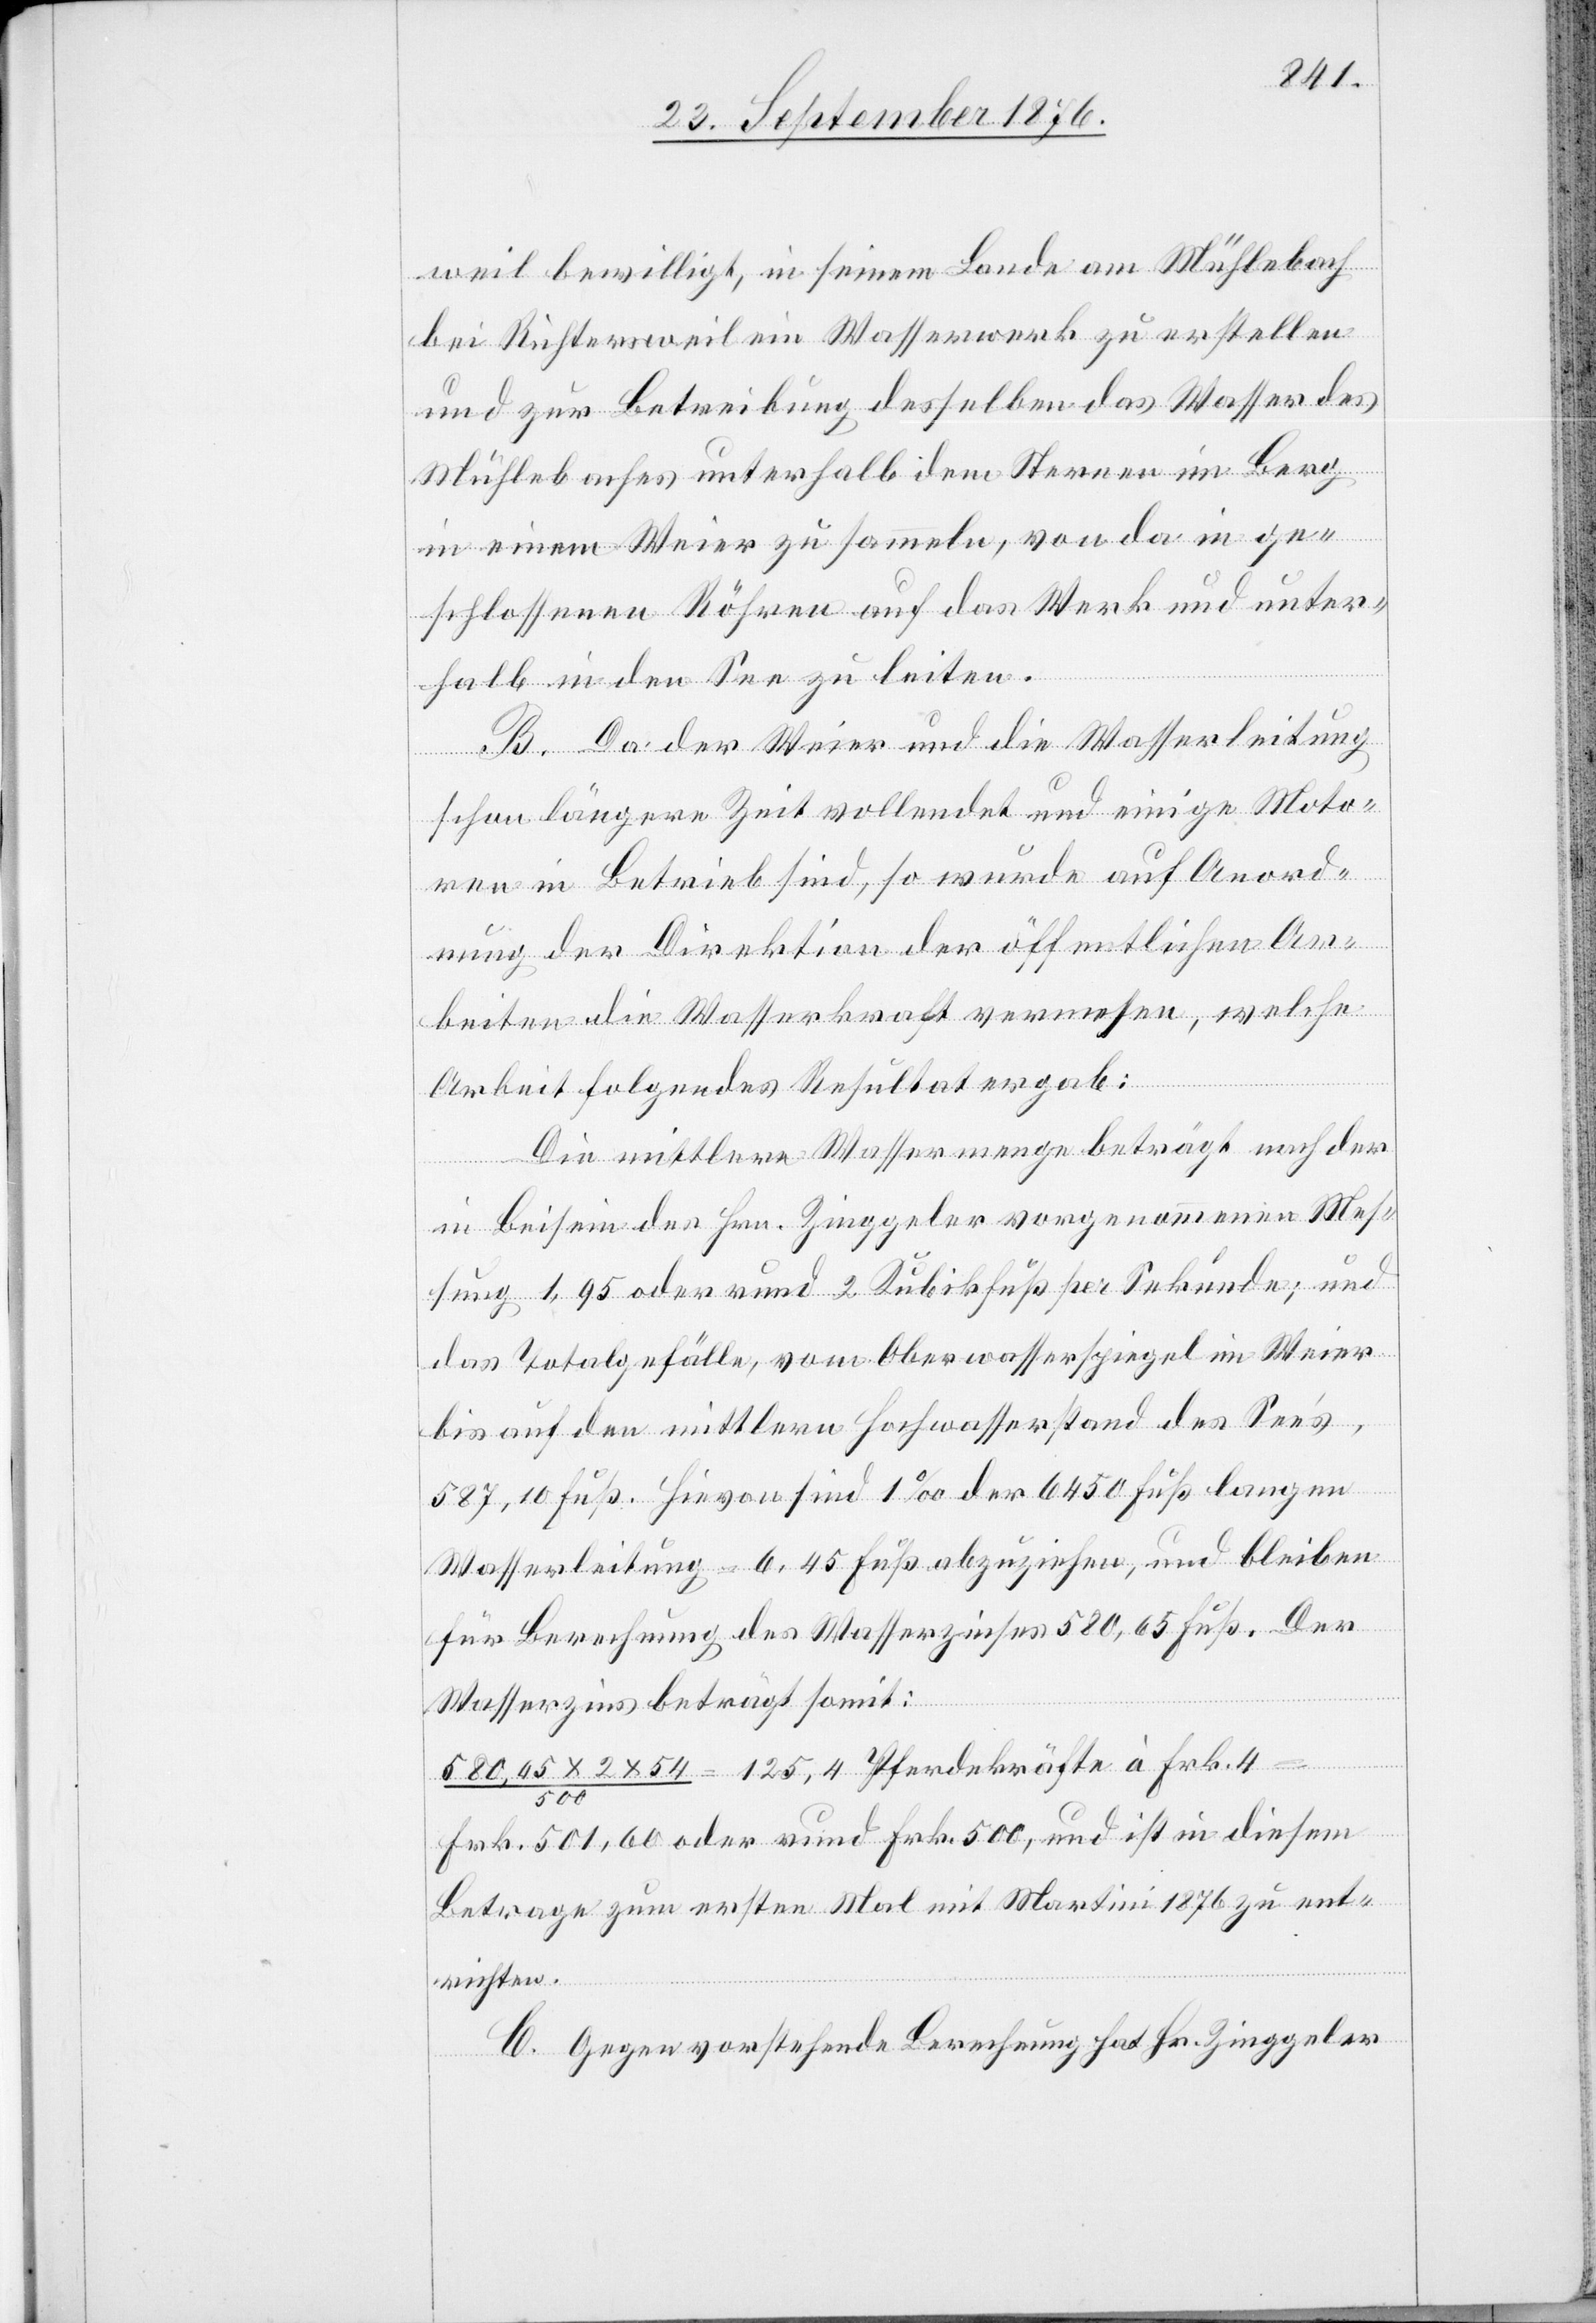
weil bewilligt, in seinem Lande am Mühlebach
bei Richtersweil ein Wasserwerk zu erstellen
und zur Betreibung desselben das Wasser des
Mühlebaches unterhalb dem Sternen im Berg
in einem Weier zu sammeln, von da in ge¬
schlossenen Röhren auf das Werk und unter¬
halb in den See zu leiten.
B. Da der Weier und die Wasserleitung
schon längere Zeit vollendet und einige Moto¬
ren in Betrieb sind, so wurde auf Anord¬
nung der Direktion der öffentlichen Ar¬
beiten die Wasserkraft vermessen, welche
Arbeit folgendes Resultat ergab:
Die mittlere Wassermenge beträgt nach der
in Beisein der Hrn. Zinggeler vorgenommenen Mes¬
sung 1,95 oder rund 2 Kubikfuß per Sekunde; und
als Totalgefälle, vom Oberwasserspiegel im Weier
bis auf den mittlern Hochwasserstand des See’s,
587,10 Fuß. Hievon sind 1‰ der 6450 Fuß langen
Wasserleitung = 6,45 Fuß abzuziehen, und bleiben
für Berechnung des Wasserzinses 580,65 Fuß. Der
Wasserzins beträgt somit:
580,65 x 2 x 54 / 500 = 125,4 Pferdekräfte à Frk. 4
Frk. 501,60 oder rund Frk. 500, und ist in diesem
Betrage zum ersten Mal mit Martini 1876 zu ent¬
richten.
C. Gegen vorstehende Berechnung hat Hr. Zinggeler